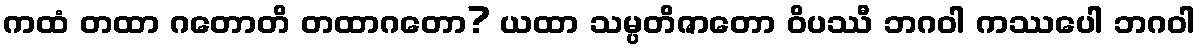
ကထံ တထာ ဂတောတိ တထာဂတော? ယထာ သမ္ပတိဇာတော ဝိပဿီ ဘဂဝါ ကဿပေါ ဘဂဝါ